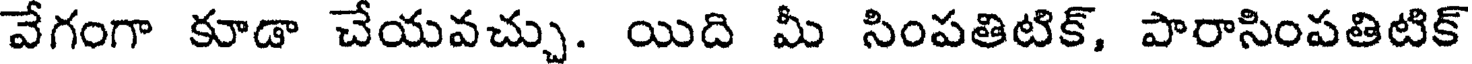
వేగంగా కూడా చేయవచ్చు. యిది మీ సింపతిటిక్, పారాసింపతిటిక్